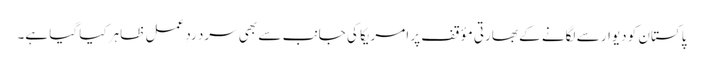
پاکستان کو دیوار سے لگانے کے بھارتی مؤقف پر امریکا کی جانب سے بھی سرد ردِ عمل ظاہر کیا گیا ہے۔